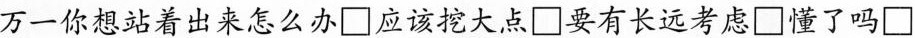
万一你想站着出来怎么办\Box应该挖大点\Box要有长远考虑\Box懂了吗\Box